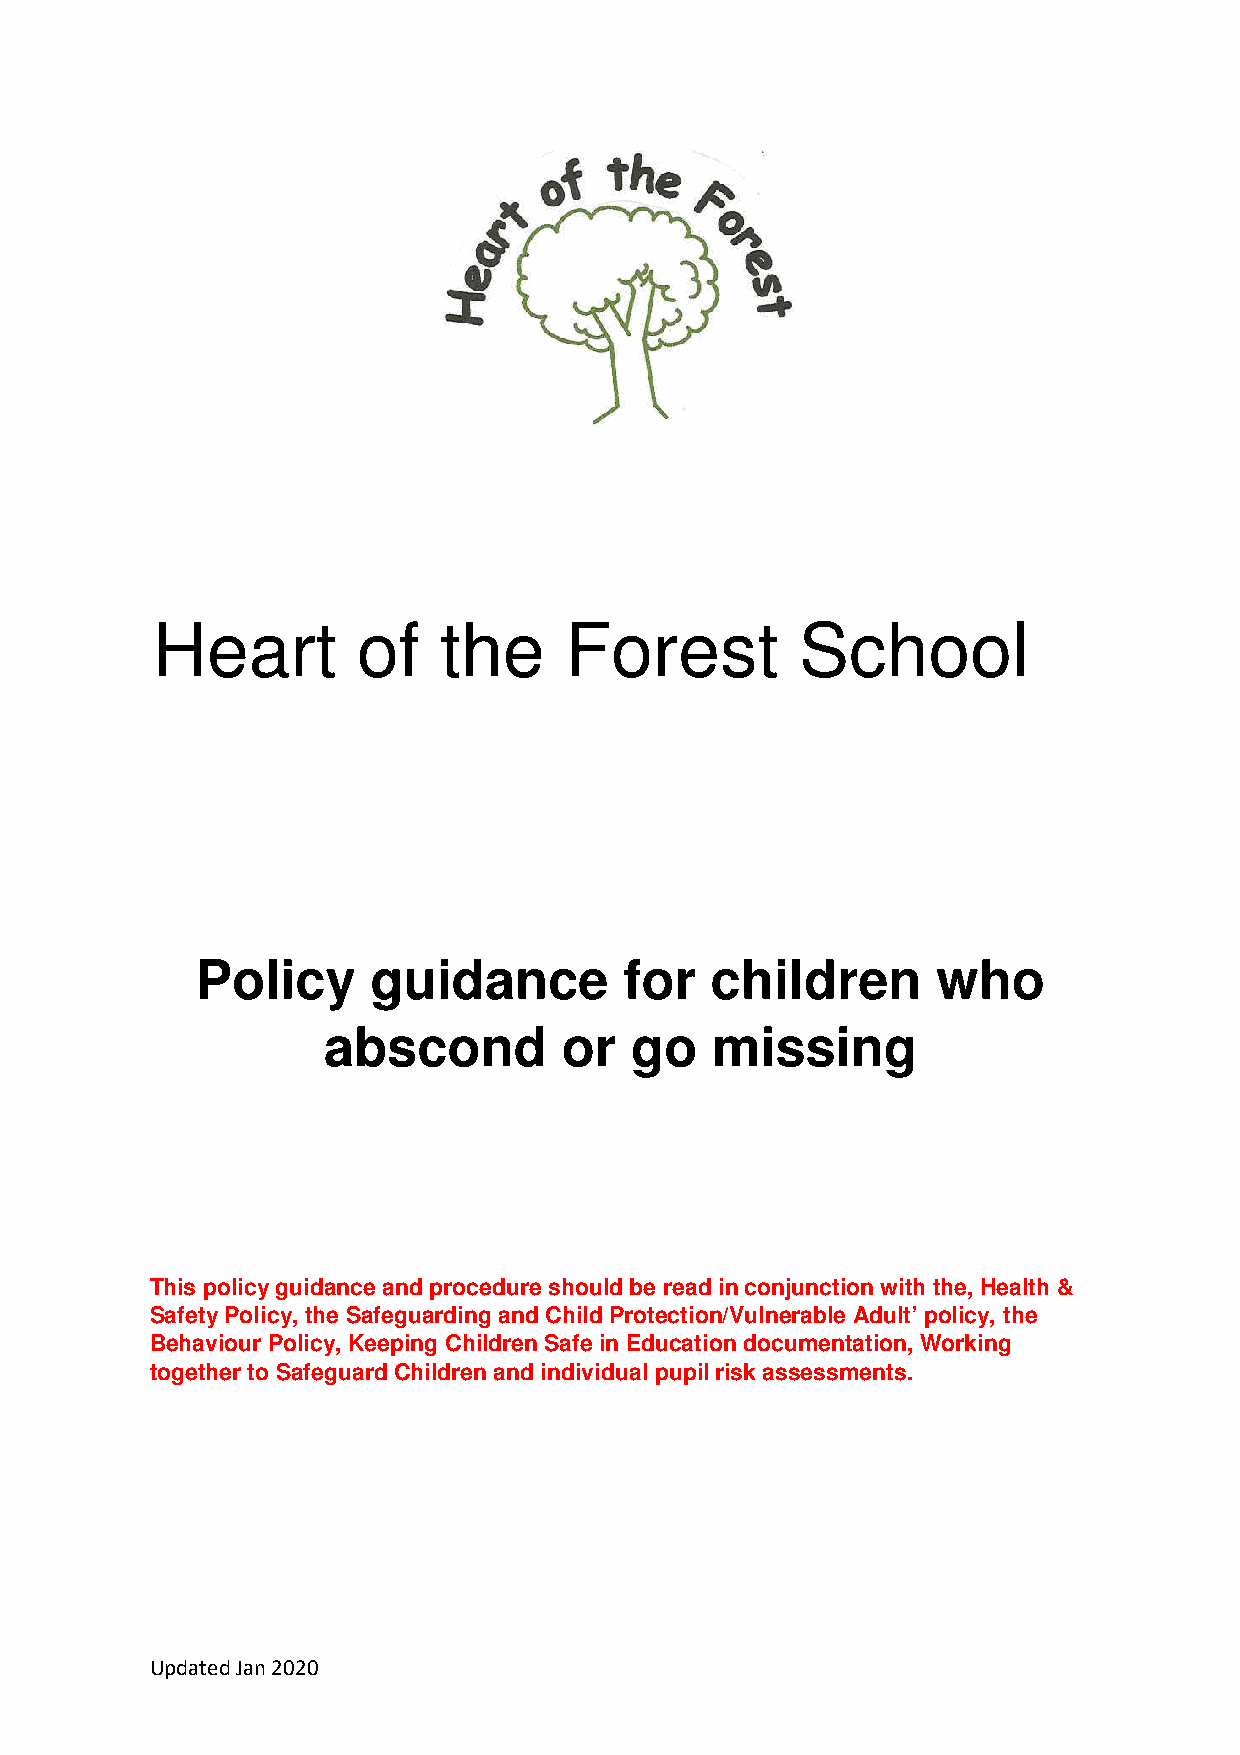
Heart         of   the     Forest          School
 Policy      guidance        for   children       who
 abscond         or   go   missing
 This policy guidance and procedure should be read in conjunction with the, Health &
 Safety Policy, the Safeguarding and Child Protection/Vulnerable Adult’ policy, the
 Behaviour Policy, Keeping Children Safe in Education documentation, Working
 together to Safeguard Children and individual pupil risk assessments.
 Updated Jan 2020